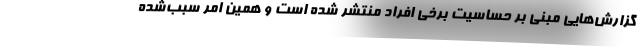
گزارش‌هایی مبنی بر حساسیت برخی افراد منتشر شده است و همین امر سبب‌شده